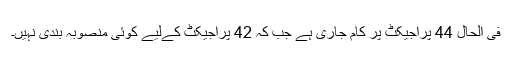
فی الحال 44 پراجیکٹ پر کام جاری ہے جب کہ 42 پراجیکٹ کےلیے کوئی منصوبہ بندی نہیں۔